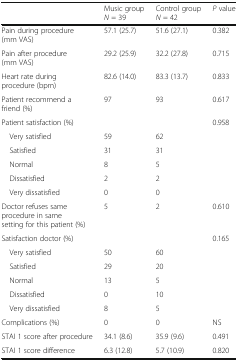
|  | Music groupN = 39 | Control groupN = 42 | P value |
 | --- | --- | --- | --- |
 | Pain during procedure (mm VAS) | 57.1 (25.7) | 51.6 (27.1) | 0.382 |
 | Pain after procedure (mm VAS) | 29.2 (25.9) | 32.2 (27.8) | 0.715 |
 | Heart rate during procedure (bpm) | 82.6 (14.0) | 83.3 (13.7) | 0.833 |
 | Patient recommend a friend (%) | 97 | 93 | 0.617 |
 | Patient satisfaction (%) |  |  | 0.958 |
 | Very satisfied | 59 | 62 |  |
 | Satisfied | 31 | 31 |  |
 | Normal | 8 | 5 |  |
 | Dissatisfied | 2 | 2 |  |
 | Very dissatisfied | 0 | 0 |  |
 | Doctor refuses same procedure in same setting for this patient (%) | 5 | 2 | 0.610 |
 | Satisfaction doctor (%) |  |  | 0.165 |
 | Very satisfied | 50 | 60 |  |
 | Satisfied | 29 | 20 |  |
 | Normal | 13 | 5 |  |
 | Dissatisfied | 0 | 10 |  |
 | Very dissatisfied | 8 | 5 |  |
 | Complications (%) | 0 | 0 | NS |
 | STAI 1 score after procedure | 34.1 (8.6) | 35.9 (9.6) | 0.491 |
 | STAI 1 score difference | 6.3 (12.8) | 5.7 (10.9) | 0.820 |